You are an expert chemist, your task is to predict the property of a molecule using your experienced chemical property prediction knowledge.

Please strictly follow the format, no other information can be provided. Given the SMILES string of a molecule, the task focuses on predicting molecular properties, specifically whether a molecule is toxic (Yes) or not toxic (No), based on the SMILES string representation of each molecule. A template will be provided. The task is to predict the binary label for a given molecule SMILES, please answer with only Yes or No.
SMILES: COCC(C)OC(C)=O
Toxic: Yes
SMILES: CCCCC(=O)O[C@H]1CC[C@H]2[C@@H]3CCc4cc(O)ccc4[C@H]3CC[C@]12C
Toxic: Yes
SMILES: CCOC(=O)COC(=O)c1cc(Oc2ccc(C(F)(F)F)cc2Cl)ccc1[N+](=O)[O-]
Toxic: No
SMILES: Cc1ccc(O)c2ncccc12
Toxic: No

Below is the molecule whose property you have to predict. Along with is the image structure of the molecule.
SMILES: C[C@]12CC[C@H]3[C@@H](C=CC4=CC(=O)CC[C@@]43C)[C@@H]1CC[C@@]21CCC(=O)O1
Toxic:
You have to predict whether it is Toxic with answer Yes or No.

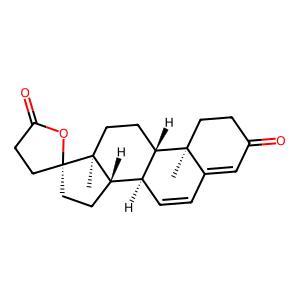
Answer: Yes